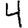
Digit: 4